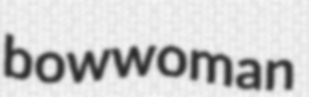
bowwoman